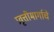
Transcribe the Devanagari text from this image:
प्रवृत्तीमार्गाचे